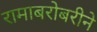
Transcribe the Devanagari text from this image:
रामाबरोबरीने